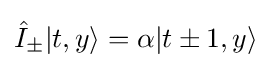
{\hat {I}}_{\pm }|t,y\rangle =\alpha |t\pm 1,y\rangle